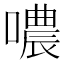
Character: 噥